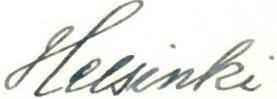
Helsinki